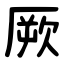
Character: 厥